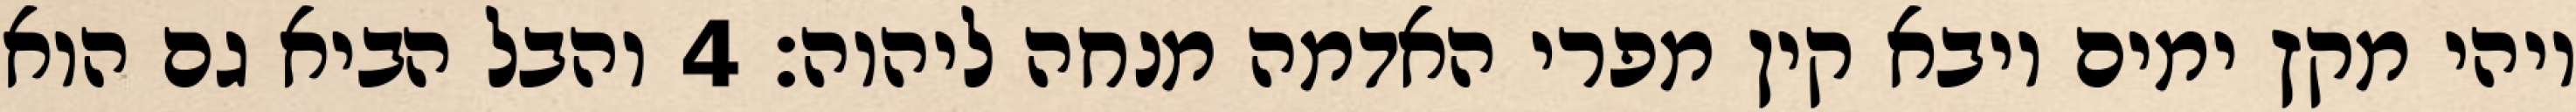
ויהי מקץ ימים ויבא קין מפרי האדמה מנחה ליהוה׃ ‎4‏ והבל הביא גם הוא